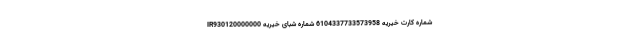
شماره کارت خیریه 6104337733573958 شماره شبای خیریه IR930120000000